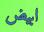
ابيض